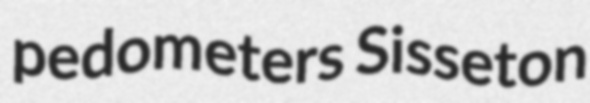
pedometers Sisseton